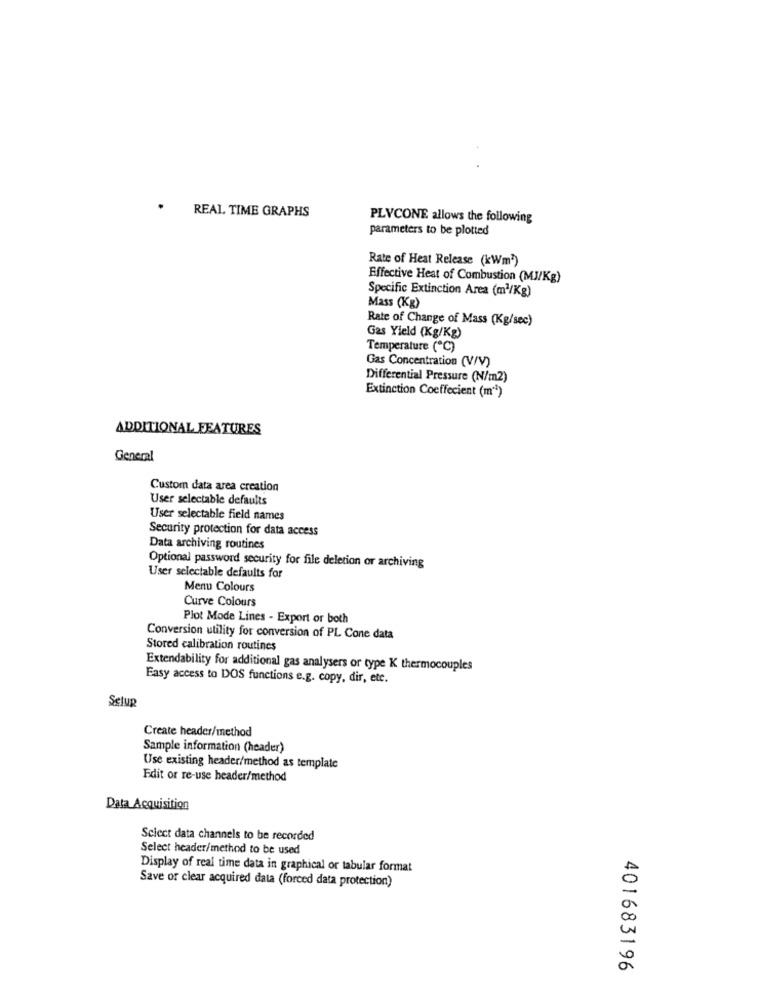
REAL TIME GRAPHS
PLVCONE allows the following
parameters to be plotted
Rate of Heat Release (kWm2)
Effective Heat of Combustion (MJ/Kg)
Specific Extinction Area (m3/Kg)
Mass (Kg)
Rate of Change of Mass (Kg/sec)
Gas Yield (Kg/Kg)
Temperature (℃)
Gas Concentration (V/V)
Differential Pressure (N/m2)
Extinction Coeffecient (m"1)
ADDITIONAL FEATURES
General
Custom data area creation
User selectable defaults
User selectable field names
Security protection for data access
Data archiving routines
Optional password security for file deletion or archiving
User selectable defaults for
Menu Colours
Curve Colours
Plot Mode Lines - Export or both
Conversion utility for conversion of PL Cone data
Stored calibration routines
Extendability for additional gas analysers or type K thermocouples
Easy access to DOS functions e.g. copy, dir, etc.
Setup
Create header/method
Sample information (header)
Use existing header/method as template
Edit or re-use header/method
Data Acquisition
Sclect data channels to be recorded
Select header/method to be used
Display of real time data in graphical or tabular format
Save or clear acquired data (forced data protection)
401683196